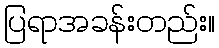
ပြရာအခန်းတည်း။